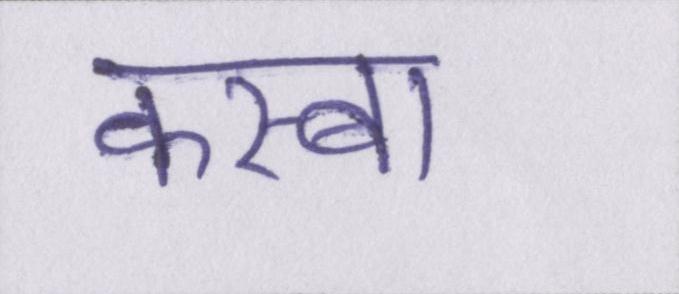
कस्बा